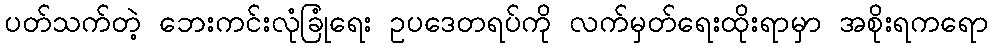
ပတ်သက်တဲ့ ဘေးကင်းလုံခြုံရေး ဥပဒေတရပ်ကို လက်မှတ်ရေးထိုးရာမှာ အစိုးရကရော